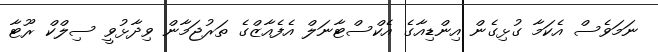
ނަމަވެސް އެކަމާ ގުޅިގެން އިންޑިއާގެ އެކްސްޓާނަލް އެފެއާޒްގެ ތަރުޖަމާން ވިދާޅުވީ ސިލްކް ރޫޓާ